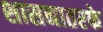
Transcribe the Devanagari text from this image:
शासनातरफे